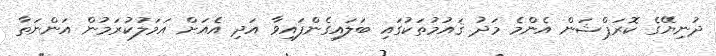
ދުނިޔޭގެ ކޮރަޕްޝަން އެންމެ މަދު ޤައުމުތަކުގައި ބަލައިގެންފައިވާ އަދި އެއަށް އަމަލުކުރަމުން އަންނަތާ